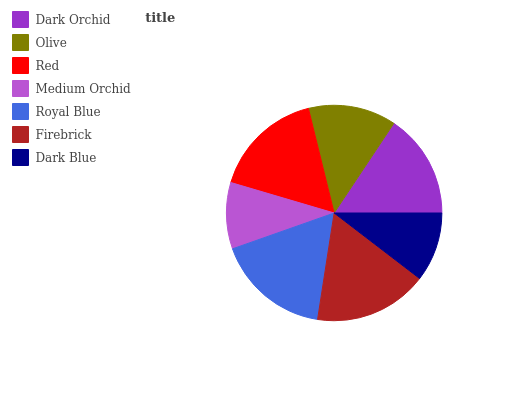
| Dark Orchid | Olive | Red | Medium Orchid | Royal Blue | Firebrick | Dark Blue |
 | --- | --- | --- | --- | --- | --- | --- |
 | 15.7% | 13.2% | 16.6% | 9.95% | 17.2% | 17% | 10.4% |